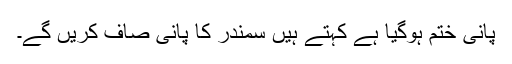
پانی ختم ہوگیا ہے کہتے ہیں سمندر کا پانی صاف کریں گے۔